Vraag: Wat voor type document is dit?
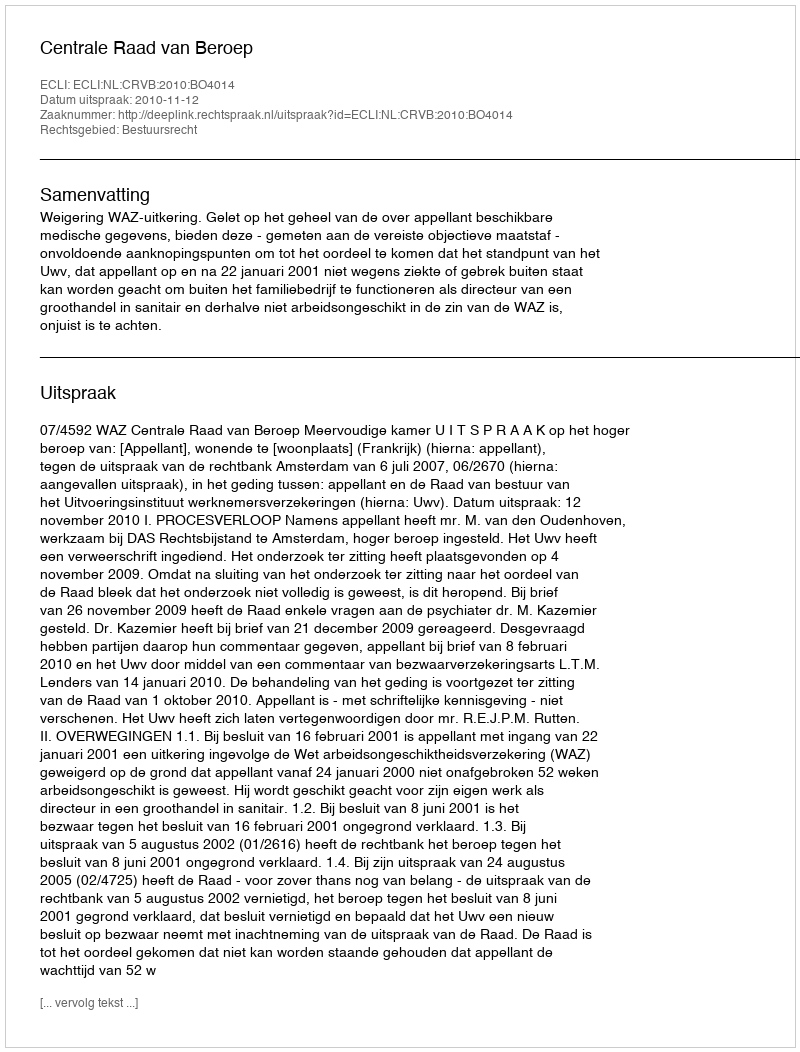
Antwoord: Uitspraak